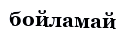
бойламай